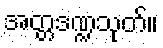
အတ္တဒဏ္ဍသုတ်။